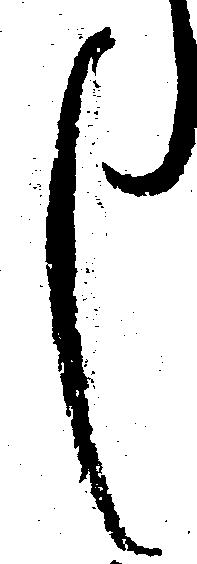
し